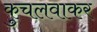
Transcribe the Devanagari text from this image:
कुचलवाकर